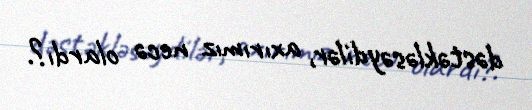
dəstəkləsəydilər, axırımız necə olardı?.